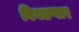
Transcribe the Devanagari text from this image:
बिघडणार